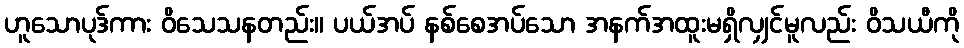
ဟူသောပုဒ်ကား ဝိသေသနတည်း။ ပယ်အပ် နစ်စေအပ်သော အနက်အထူးမရှိလျှင်မူလည်း ဝိသယီကို